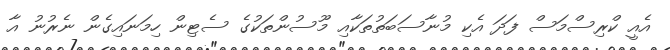
އެއީ ކްރިސްމަސް ފަދަ އެކި މުނާސަބަތުތަކާއި މޫސުންތަކުގެ ސެޓިން ހިމަނައިގެން ނެރުނު އާ